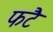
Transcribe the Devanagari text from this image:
फटै